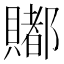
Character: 𧷿